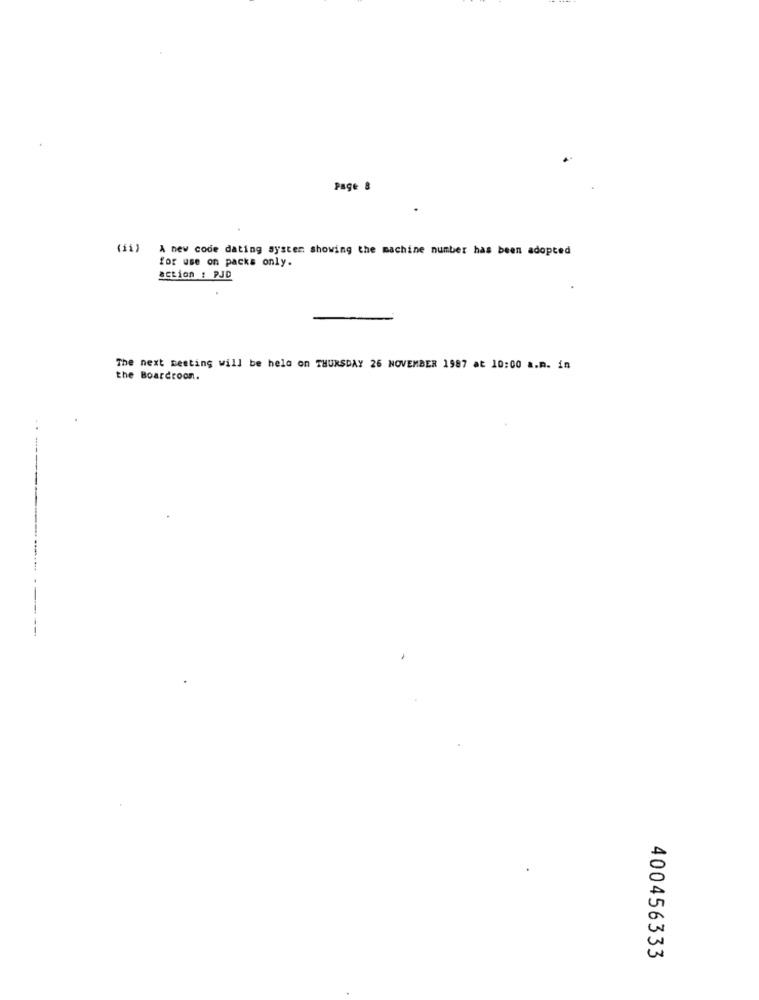
Page 8
(ii) A new code dating syster showing the machine number has been adopted
for use on packs only.
action : PJD
The next meeting will be held on THURSDAY 26 NOVEMBER 1987 at 10:00 a.m. in
the Boardroon.
---
--
400456333